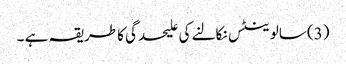
(3) سالوینٹس نکالنے کی علیحدگی کا طریقہ ہے ۔